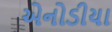
એનોડીયા